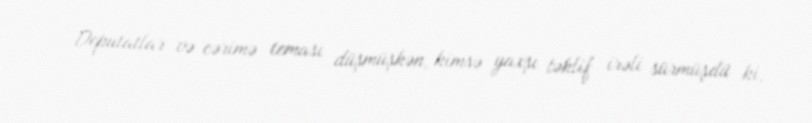
Deputatlar və cərimə teması düşmüşkən, kimsə yaxşı təklif irəli sürmüşdü ki,